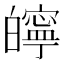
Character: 𤾱